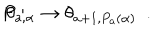
LaTeX: P : \hspace { 0 . 2 c m } \theta _ { a , \alpha } \rightarrow \theta _ { a + 1 , P _ { a } ( \alpha ) } ~ ~ .